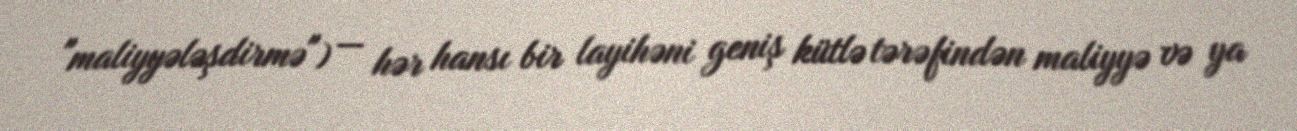
"maliyyələşdirmə") — hər hansı bir layihəni geniş kütlə tərəfindən maliyyə və ya